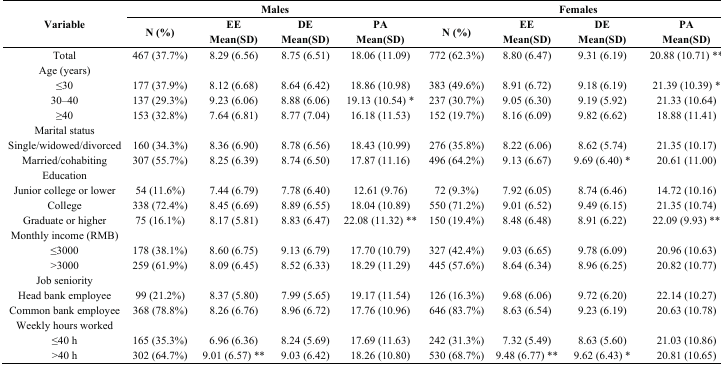
<table><thead><tr><td rowspan="3"><b>Variable</b></td><td colspan="4"><b>Males</b></td><td colspan="4"><b>Females</b></td></tr><tr><td rowspan="2"><b>N (%)</b></td><td><b>EE</b></td><td><b>DE</b></td><td><b>PA</b></td><td rowspan="2"><b>N (%)</b></td><td><b>EE</b></td><td><b>DE</b></td><td><b>PA</b></td></tr><tr><td><b>Mean(SD)</b></td><td><b>Mean(SD)</b></td><td><b>Mean(SD)</b></td><td><b>Mean(SD)</b></td><td><b>Mean(SD)</b></td><td><b>Mean(SD)</b></td></tr></thead><tbody><tr><td>Total</td><td>467 (37.7%)</td><td>8.29 (6.56)</td><td>8.75 (6.51)</td><td>18.06 (11.09)</td><td>772 (62.3%)</td><td>8.80 (6.47)</td><td>9.31 (6.19)</td><td>20.88 (10.71) **</td></tr><tr><td>Age (years)</td><td></td><td></td><td></td><td></td><td></td><td></td><td></td><td></td></tr><tr><td>≤30</td><td>177 (37.9%)</td><td>8.12 (6.68)</td><td>8.64 (6.42)</td><td>18.86 (10.98)</td><td>383 (49.6%)</td><td>8.91 (6.72)</td><td>9.18 (6.19)</td><td>21.39 (10.39) *</td></tr><tr><td>30–40</td><td>137 (29.3%)</td><td>9.23 (6.06)</td><td>8.88 (6.06)</td><td>19.13 (10.54) *</td><td>237 (30.7%)</td><td>9.05 (6.30)</td><td>9.19 (5.92)</td><td>21.33 (10.64)</td></tr><tr><td>≥40</td><td>153 (32.8%)</td><td>7.64 (6.81)</td><td>8.77 (7.04)</td><td>16.18 (11.53)</td><td>152 (19.7%)</td><td>8.16 (6.09)</td><td>9.82 (6.62)</td><td>18.88 (11.41) </td></tr><tr><td>Marital status</td><td></td><td></td><td></td><td></td><td></td><td></td><td></td><td></td></tr><tr><td>Single/widowed/divorced</td><td>160 (34.3%)</td><td>8.36 (6.90)</td><td>8.78 (6.56)</td><td>18.43 (10.99)</td><td>276 (35.8%)</td><td>8.22 (6.06)</td><td>8.62 (5.74)</td><td>21.35 (10.17)</td></tr><tr><td>Married/cohabiting</td><td>307 (55.7%)</td><td>8.25 (6.39)</td><td>8.74 (6.50)</td><td>17.87 (11.16)</td><td>496 (64.2%)</td><td>9.13 (6.67)</td><td>9.69 (6.40) *</td><td>20.61 (11.00)</td></tr><tr><td>Education</td><td></td><td></td><td></td><td></td><td></td><td></td><td></td><td></td></tr><tr><td>Junior college or lower</td><td>54 (11.6%)</td><td>7.44 (6.79)</td><td>7.78 (6.40)</td><td>12.61 (9.76)</td><td>72 (9.3%)</td><td>7.92 (6.05)</td><td>8.74 (6.46)</td><td>14.72 (10.16)</td></tr><tr><td>College</td><td>338 (72.4%)</td><td>8.45 (6.69)</td><td>8.89 (6.55)</td><td>18.04 (10.89)</td><td>550 (71.2%)</td><td>9.01 (6.52)</td><td>9.49 (6.15)</td><td>21.35 (10.74)</td></tr><tr><td>Graduate or higher</td><td>75 (16.1%)</td><td>8.17 (5.81)</td><td>8.83 (6.47)</td><td>22.08 (11.32) **</td><td>150 (19.4%)</td><td>8.48 (6.48)</td><td>8.91 (6.22)</td><td>22.09 (9.93) **</td></tr><tr><td>Monthly income (RMB)</td><td></td><td></td><td></td><td></td><td></td><td></td><td></td><td></td></tr><tr><td>≤3000</td><td>178 (38.1%)</td><td>8.60 (6.75)</td><td>9.13 (6.79)</td><td>17.70 (10.79)</td><td>327 (42.4%)</td><td>9.03 (6.65)</td><td>9.78 (6.09)</td><td>20.96 (10.63)</td></tr><tr><td>&gt;3000</td><td>259 (61.9%)</td><td>8.09 (6.45)</td><td>8.52 (6.33)</td><td>18.29 (11.29)</td><td>445 (57.6%)</td><td>8.64 (6.34)</td><td>8.96 (6.25)</td><td>20.82 (10.77)</td></tr><tr><td>Job seniority</td><td></td><td></td><td></td><td></td><td></td><td></td><td></td><td></td></tr><tr><td>Head bank employee</td><td>99 (21.2%)</td><td>8.37 (5.80)</td><td>7.99 (5.65)</td><td>19.17 (11.54)</td><td>126 (16.3%)</td><td>9.68 (6.06)</td><td>9.72 (6.20)</td><td>22.14 (10.27)</td></tr><tr><td>Common bank employee</td><td>368 (78.8%)</td><td>8.26 (6.76)</td><td>8.96 (6.72)</td><td>17.76 (10.96)</td><td>646 (83.7%)</td><td>8.63 (6.54)</td><td>9.23 (6.19)</td><td>20.63 (10.78)</td></tr><tr><td>Weekly hours worked</td><td></td><td></td><td></td><td></td><td></td><td></td><td></td><td></td></tr><tr><td>≤40 h</td><td>165 (35.3%)</td><td>6.96 (6.36)</td><td>8.24 (5.69)</td><td>17.69 (11.63)</td><td>242 (31.3%)</td><td>7.32 (5.49)</td><td>8.63 (5.60)</td><td>21.03 (10.86)</td></tr><tr><td>&gt;40 h</td><td>302 (64.7%)</td><td>9.01 (6.57) **</td><td>9.03 (6.42)</td><td>18.26 (10.80)</td><td>530 (68.7%)</td><td>9.48 (6.77) **</td><td>9.62 (6.43) *</td><td>20.81 (10.65)</td></tr></tbody></table>